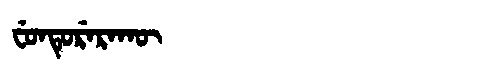
Manchu: ᠸᡠᠨᡨᡠᡵᡝᡵᠠᡴᡡ
Romanization: FUNTURERAKŪ